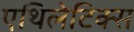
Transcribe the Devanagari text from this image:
एथिलेटिक्स